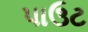
પાઉટ